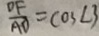
\frac { D F } { A D } = \cos \angle 3